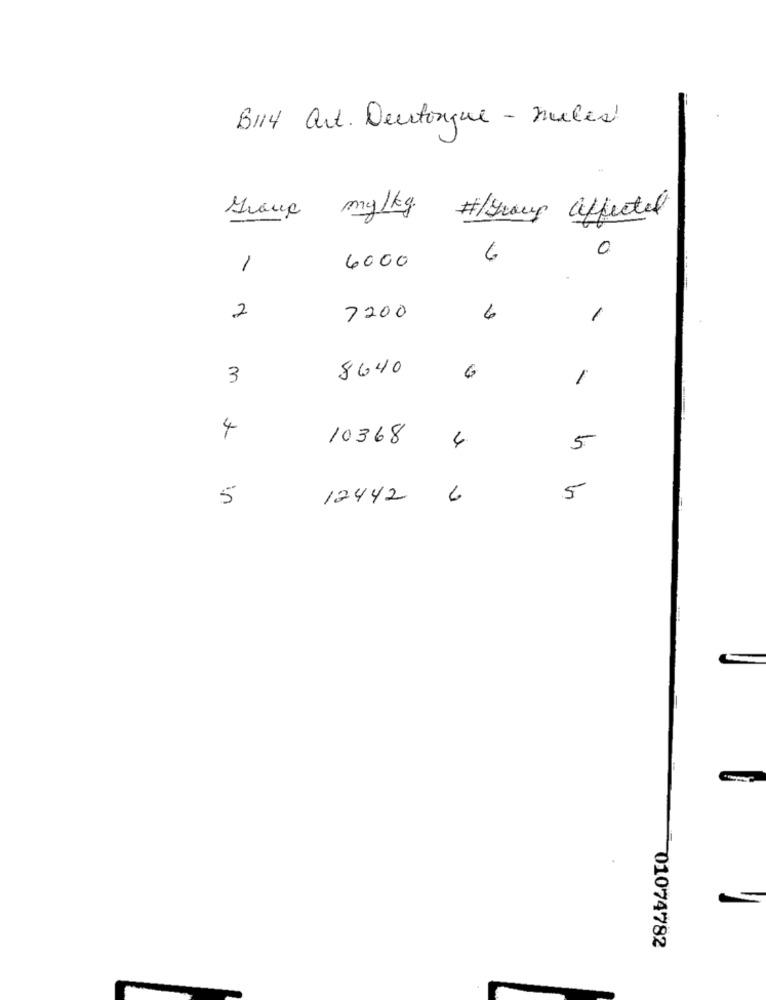
B114 art. Doutorque - nules
Graue mg/kg #/Group affected
0
6
1
6000
2
7200
6
/
8640
3
6
1
4
10368
4
5
5
12442
6
5
01074782